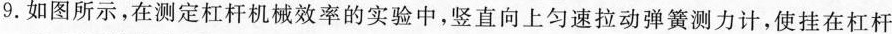
9.如图所示，在测定杠杆机械效率的实验中，竖直向上匀速拉动弹簧测力计，使挂在杠杆